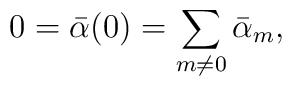
0={\bar \alpha}(0) =  \sum_{m \neq 0} {\bar \alpha}_m,